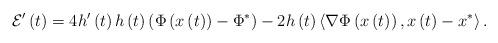
LaTeX: \begin{align*}\mathcal{E}^{\prime}\left( t\right) =4h^{\prime}\left( t\right) h\left(t\right) \left( \Phi\left( x\left( t\right) \right) -\Phi^{\ast}\right)-2h\left( t\right) \left\langle \nabla\Phi\left( x\left( t\right)\right) ,x\left( t\right) -x^{\ast}\right\rangle . \end{align*}